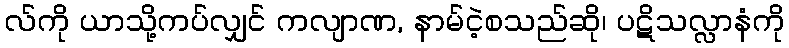
လ်ကို ယာသို့ကပ်လျှင် ကလျာဏ, နာမ်ငဲ့စသည်ဆို၊ ပဋိသလ္လာနံကို